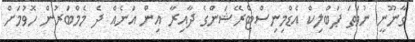
ގާނޫނީ ނުވަތަ ޕަބްލިކް އެޑްމިނިސްޓްރޭޝަންގެ ދާއިރާ އިން އަނެއް ދެ މެމްބަރުން ހޮވުމަށް